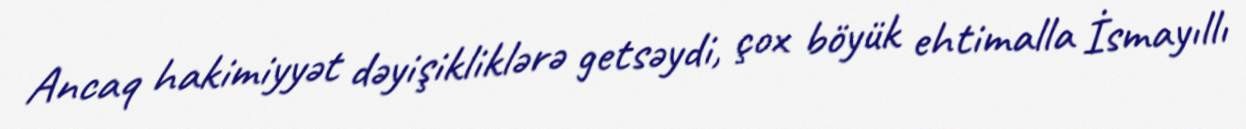
Ancaq hakimiyyət dəyişikliklərə getsəydi, çox böyük ehtimalla İsmayıllı